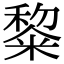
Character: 𮇵